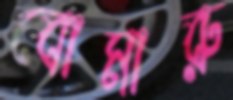
বোমারু